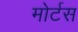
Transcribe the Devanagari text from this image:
मोर्टस